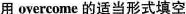
用 overcome 的适当形式填空